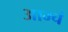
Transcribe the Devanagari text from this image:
आम्चं